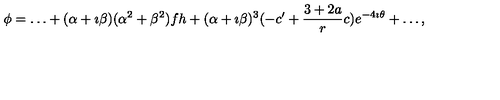
\phi = \ldots + ( \alpha + \imath \beta ) ( \alpha ^ { 2 } + \beta ^ { 2 } ) f h + ( \alpha + \imath \beta ) ^ { 3 } ( - c ^ { \prime } + \frac { 3 + 2 a } { r } c ) e ^ { - 4 \imath \theta } + \ldots ,